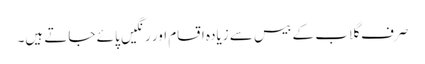
صرف گلاب کے بیس سے زیادہ اقسام اور رنگیں پائے جاتے ہیں۔